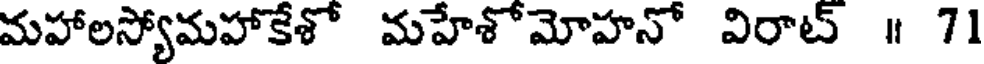
మహాలస్యోమహాకేశో మహేశోమోహనో విరాట్ ॥ 71